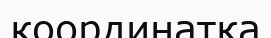
координатқа